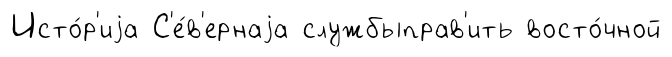
Исто́р'иjа С'е́в'ернаjа службыправ'ить восто́чной